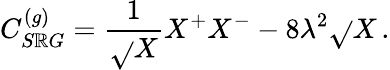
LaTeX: C_{S\mathbb{R}G}^{(g)}=\frac{{1}}{{\sqrt{}{{X}}}}X^{+}X^{-}-8\lambda^{2}\sqrt{}{{X}}\, .